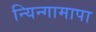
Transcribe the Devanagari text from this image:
न्यिन्गामापा